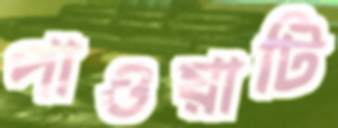
পাওয়াটি